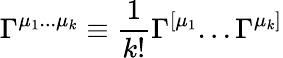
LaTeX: \Gamma^{\mu_{1}...\mu_{k}}\equiv{\frac{1}{k!}}\Gamma^{[\mu_{1}}...\Gamma^{\mu_{k}]}